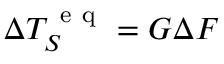
\Delta T _ { S } ^ { \mathrm { ~ e ~ q ~ } } = G \Delta F